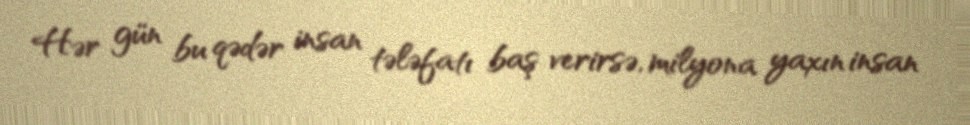
Hər gün bu qədər insan tələfatı baş verirsə, milyona yaxın insan